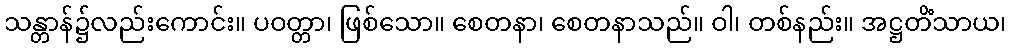
သန္တာန်၌လည်းကောင်း။ ပဝတ္တာ၊ ဖြစ်သော။ စေတနာ၊ စေတနာသည်။ ဝါ၊ တစ်နည်း။ အဋ္ဌတိံသာယ၊